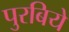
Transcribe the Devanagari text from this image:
पुरबिये